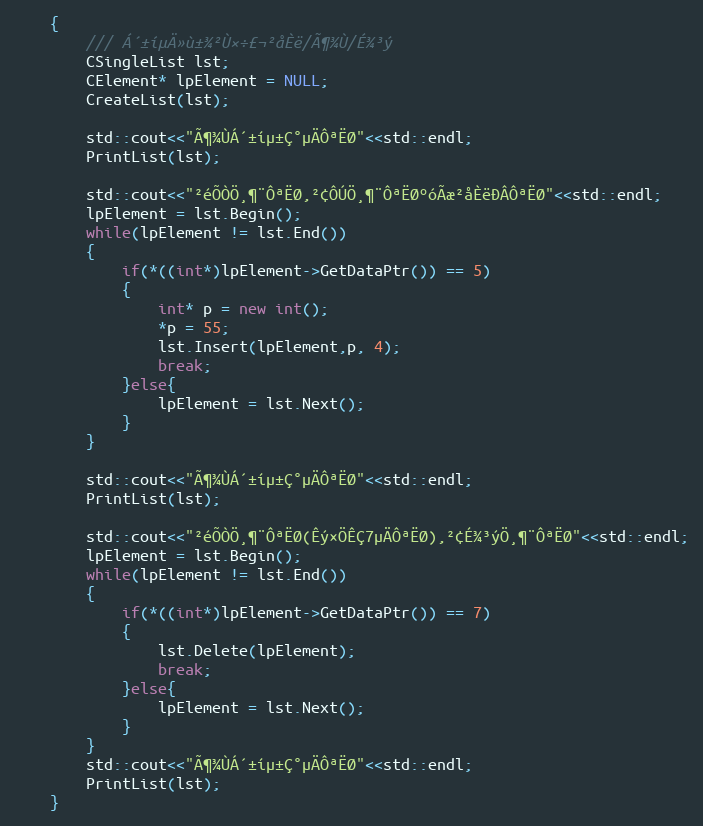
Language: C++
    {
        /// Á´±íµÄ»ù±¾²Ù×÷£¬²åÈë/Ã¶¾Ù/É¾³ý
        CSingleList lst;
        CElement* lpElement = NULL;
        CreateList(lst);

        std::cout<<"Ã¶¾ÙÁ´±íµ±Ç°µÄÔªËØ"<<std::endl;
        PrintList(lst);

        std::cout<<"²éÕÒÖ¸¶¨ÔªËØ,²¢ÔÚÖ¸¶¨ÔªËØºóÃæ²åÈëÐÂÔªËØ"<<std::endl;
        lpElement = lst.Begin();
        while(lpElement != lst.End())
        {
            if(*((int*)lpElement->GetDataPtr()) == 5)
            {
                int* p = new int();
                *p = 55;
                lst.Insert(lpElement,p, 4);
                break;
            }else{
                lpElement = lst.Next();
            }
        }

        std::cout<<"Ã¶¾ÙÁ´±íµ±Ç°µÄÔªËØ"<<std::endl;
        PrintList(lst);

        std::cout<<"²éÕÒÖ¸¶¨ÔªËØ(Êý×ÖÊÇ7µÄÔªËØ),²¢É¾³ýÖ¸¶¨ÔªËØ"<<std::endl;
        lpElement = lst.Begin();
        while(lpElement != lst.End())
        {
            if(*((int*)lpElement->GetDataPtr()) == 7)
            {
                lst.Delete(lpElement);
                break;
            }else{
                lpElement = lst.Next();
            }
        }
        std::cout<<"Ã¶¾ÙÁ´±íµ±Ç°µÄÔªËØ"<<std::endl;
        PrintList(lst);
    }